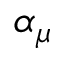
\alpha _ { \mu }